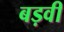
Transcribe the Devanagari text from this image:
बड़वी